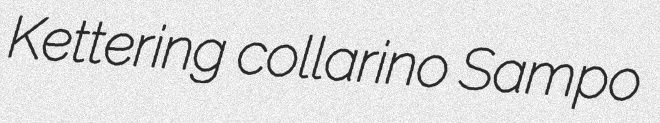
Kettering collarino Sampo